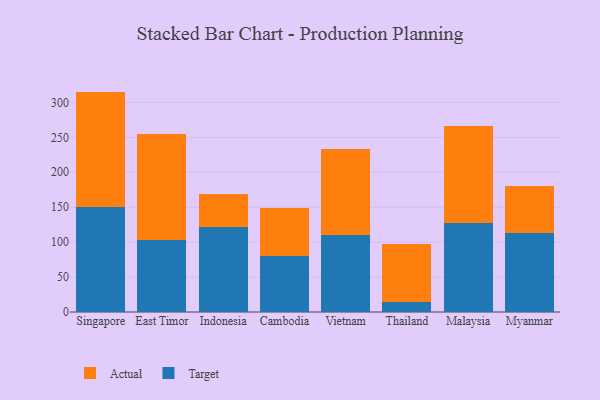
{"axis": {"x": "Country", "y": "Churn Rate (%)"}, "legend": ["Actual", "Target"], "data": [{"x": "Singapore", "y": 150.2, "type": "Target"}, {"x": "Singapore", "y": 165.3, "type": "Actual"}, {"x": "East Timor", "y": 102.4, "type": "Target"}, {"x": "East Timor", "y": 151.9, "type": "Actual"}, {"x": "Indonesia", "y": 122.2, "type": "Target"}, {"x": "Indonesia", "y": 46.7, "type": "Actual"}, {"x": "Cambodia", "y": 80.0, "type": "Target"}, {"x": "Cambodia", "y": 68.3, "type": "Actual"}, {"x": "Vietnam", "y": 110.4, "type": "Target"}, {"x": "Vietnam", "y": 122.8, "type": "Actual"}, {"x": "Thailand", "y": 14.1, "type": "Target"}, {"x": "Thailand", "y": 83.3, "type": "Actual"}, {"x": "Malaysia", "y": 127.2, "type": "Target"}, {"x": "Malaysia", "y": 138.9, "type": "Actual"}, {"x": "Myanmar", "y": 112.4, "type": "Target"}, {"x": "Myanmar", "y": 67.7, "type": "Actual"}]}